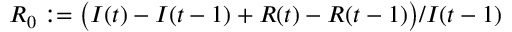
R _ { 0 } : = \big ( I ( t ) - I ( t - 1 ) + R ( t ) - R ( t - 1 ) \big ) / I ( t - 1 )